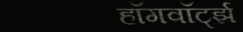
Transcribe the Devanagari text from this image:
हॉगवॉर्ट्झ